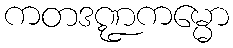
ကတဒဏ္ဍကမ္မော